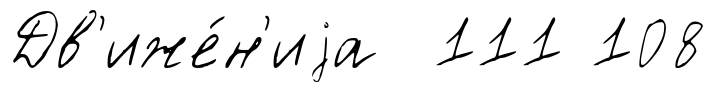
Дв'иже́н'иjа 111 108